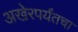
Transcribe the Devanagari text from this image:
अखेरपर्यंतचा